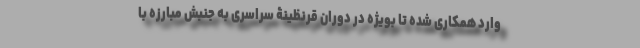
وارد همکاری شده تا بویژه در دوران قرنظینۀ سراسری به جنبش مبارزه با